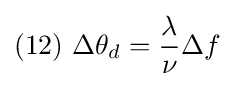
(12)\ \Delta \theta _{d}={\frac {\lambda }{\nu }}\Delta f